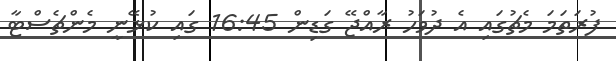
ފުރަަތަމަ މެޗުގައި އެ ދުވަހު ރާއްޖޭ ގަޑިން 16:45 ގައި ކުޅޭނީ މެންޗެސްޓާ